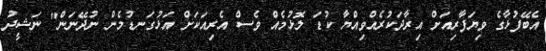
އެބޭފުޅާގެ ވިޔަފާރިއަށް އިރާދަކުރެއްވިއްޔާ ކުޑަ ލޮޅުމެއް ވެސް އެރިއަކަށް އަޅުގަނޑުމެން ނުދޭނަން" ނަޝީދު